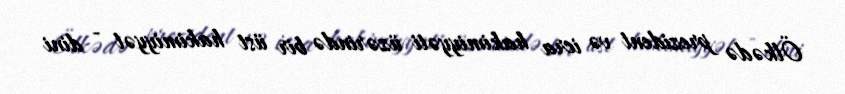
Ölkədə prezident və icra hakimiyyəti üzərində bir üst hakimiyyət - dini